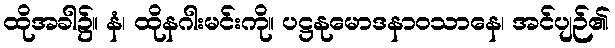
ထိုအခါ၌။ နံ၊ ထိုနဂါးမင်းကို။ ပဋ္ဌနုမောဒနာဝသာနေ၊ အင်ပျဉ်၏